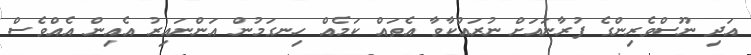
އަދި ނޫސްވެރިންގެ ފުރާނައަށް ނުރައްކާވާ އެތައް ކަމެއް ހިނގަމުން އަންނައިރު އެއިން އެއްވެސް